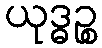
ယုဒ္ဓဉ္စ